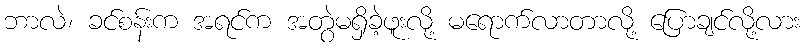
ဘာလဲ၊ ခင်စန်းက အရင်က အတွဲမရှိခဲ့ဖူးလို့ မရောက်လာတာလို့ ပြောချင်လို့လား